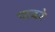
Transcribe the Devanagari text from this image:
पाढरे